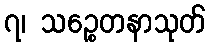
၇၊ သဉ္စေတနာသုတ်